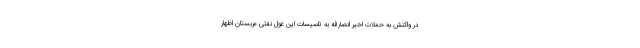
در واکنش به حملات اخیر انصارالله به تاسیسات این غول نفتی عربستان اظهار